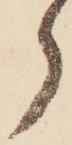
ら